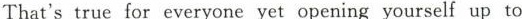
That'strue for everyone yet opening yourself up to